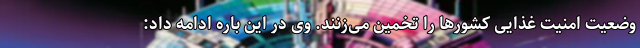
وضعیت امنیت غذایی کشورها را تخمین می‌زنند. وی در این باره ادامه داد: